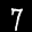
Label: 7